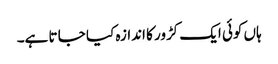
ہاں کوئی ایک کڑور کا اندازہ کیا جا تا ہے۔